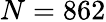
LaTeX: N=862